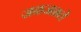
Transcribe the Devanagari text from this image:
जळजळते